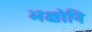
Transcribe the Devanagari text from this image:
भक्षोनि